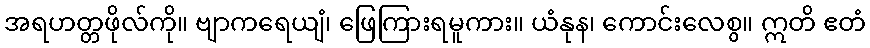
အရဟတ္တဖိုလ်ကို။ ဗျာကရေယျံ၊ ဖြေကြားရမူကား။ ယံနုန၊ ကောင်းလေစွ။ ဣတိ ဧတံ